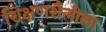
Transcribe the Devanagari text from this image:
शिक्षणशैलीला